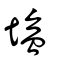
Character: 塩